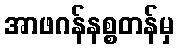
အာဖဂန်နစ္စတန်မှ